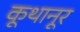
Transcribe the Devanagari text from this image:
कूथानूर